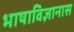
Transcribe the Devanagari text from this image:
भाषाविज्ञानास